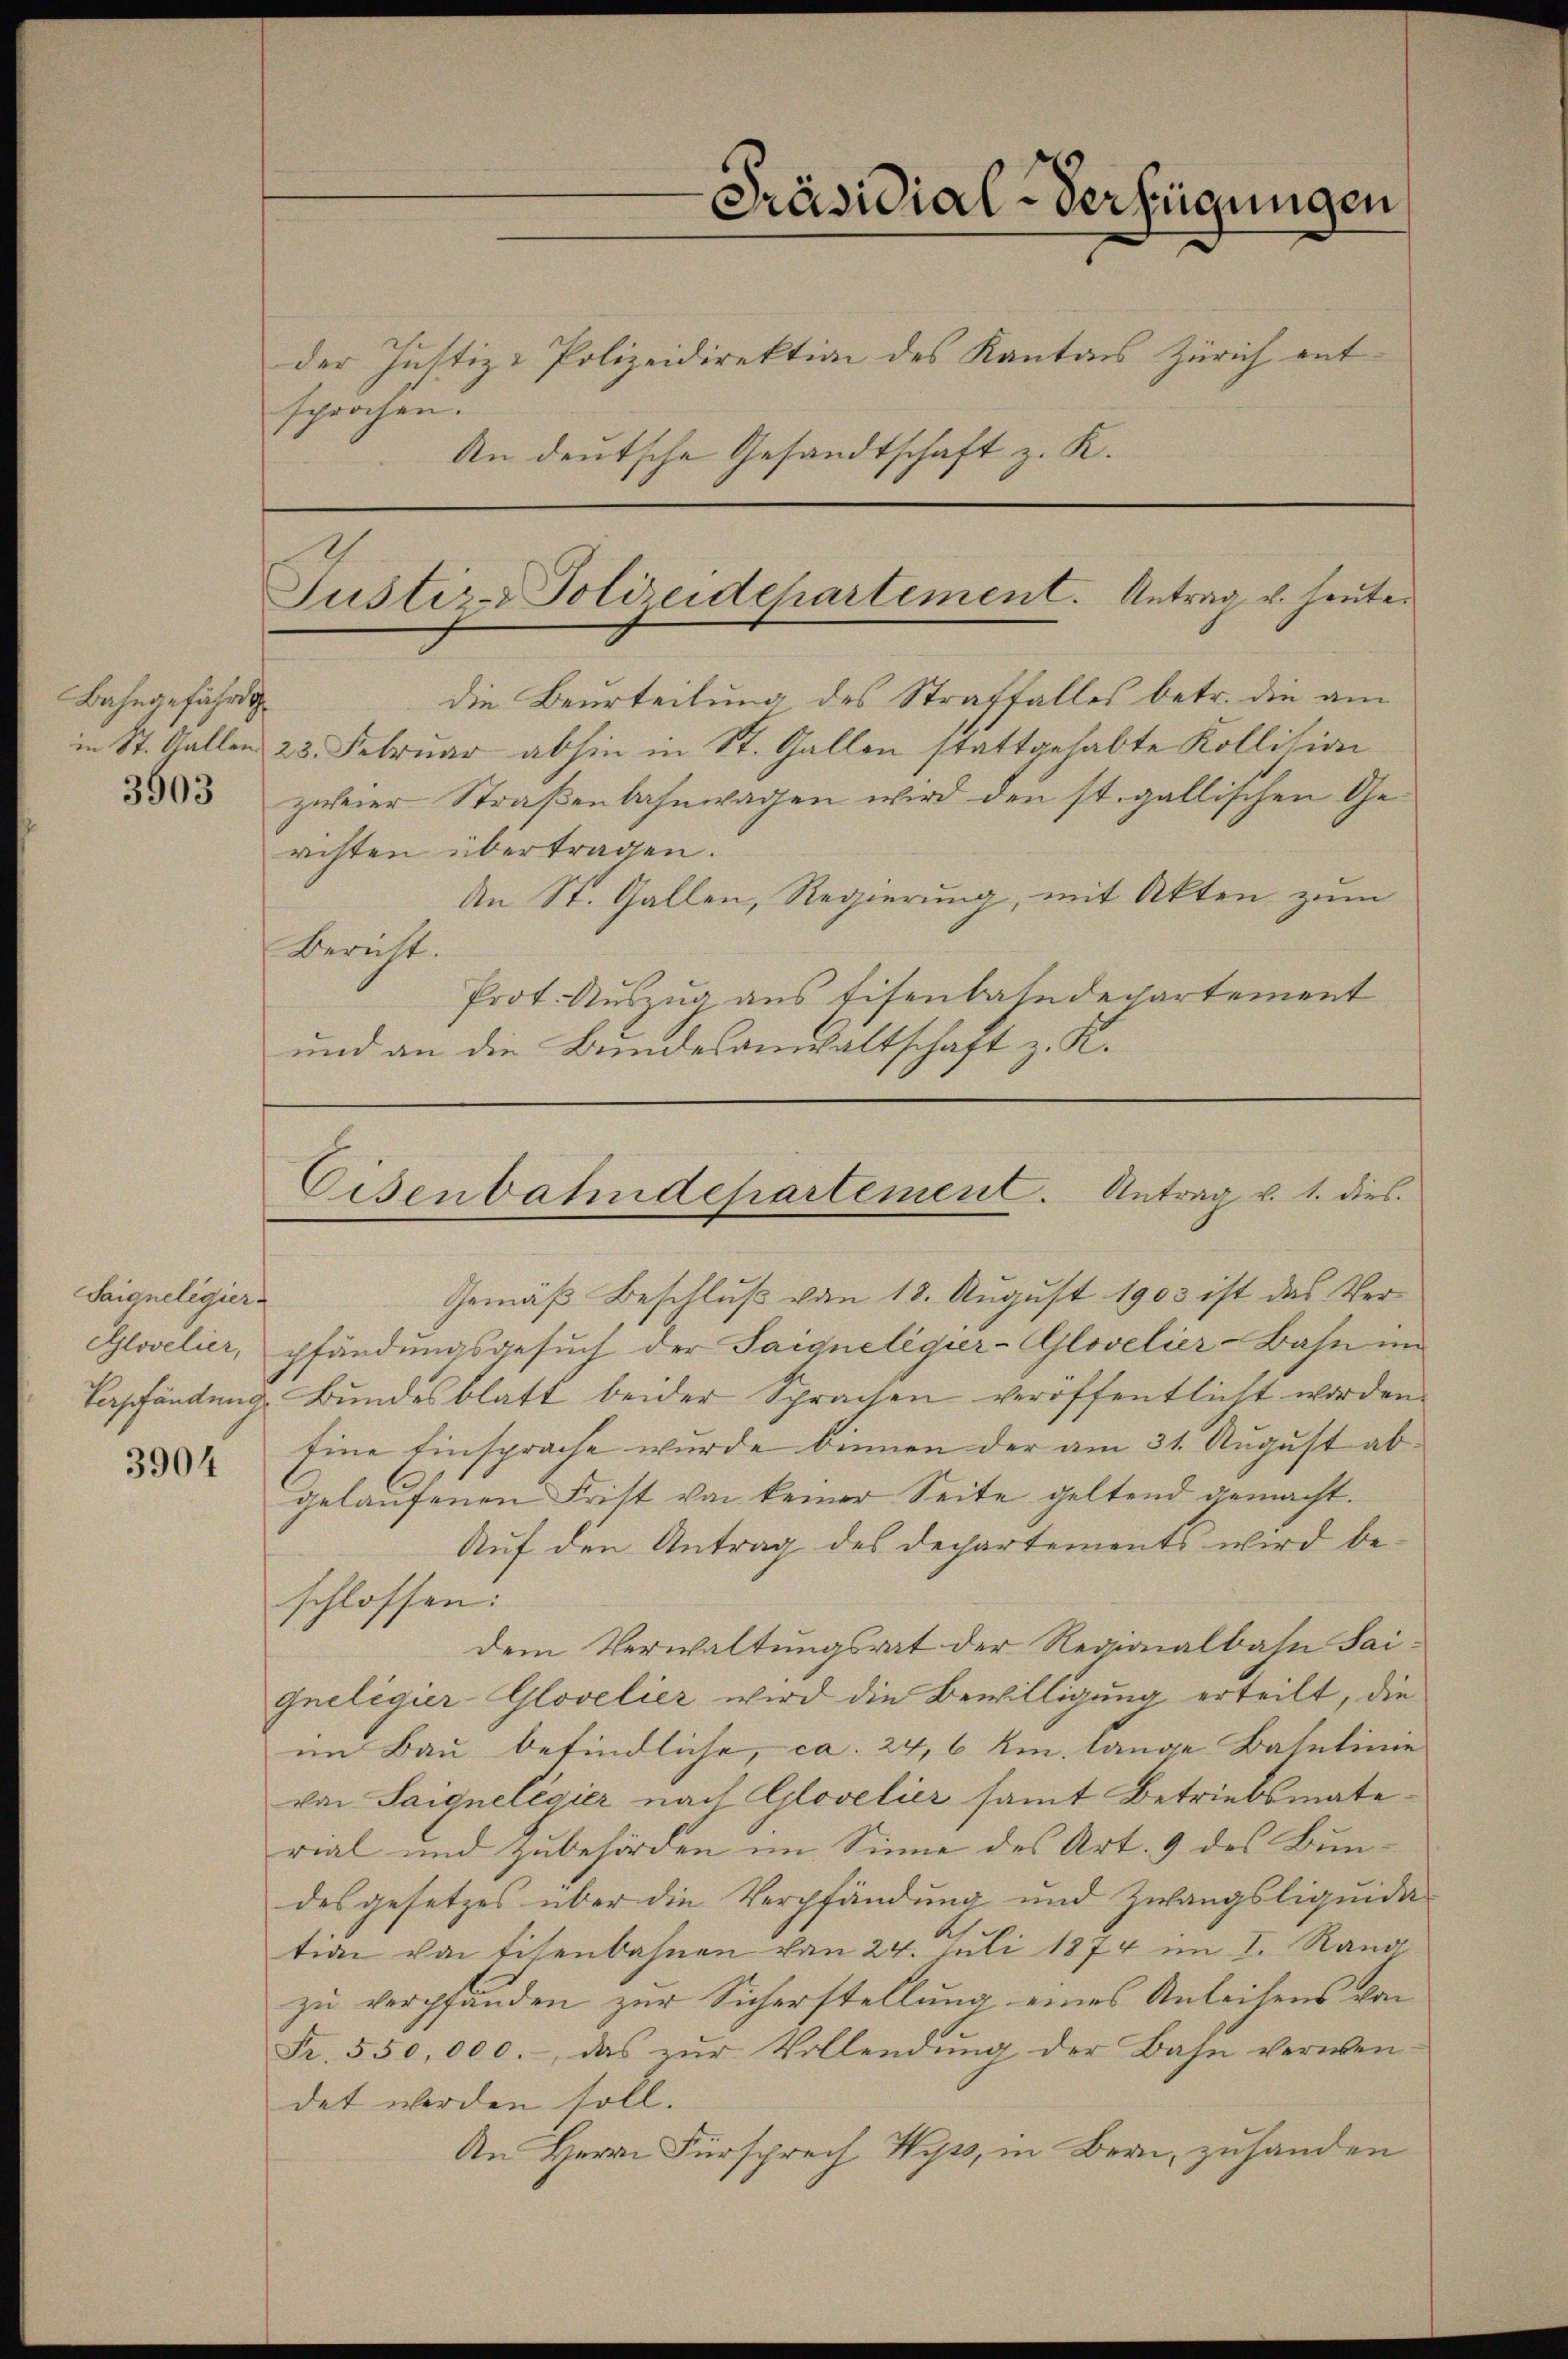
Bahngefährdi
3503

Saignelegier
Glovelier,
Tarpfändung
3904

der Justiz-Polizeidirektion des Kantons Zürich entsprochen.
An deutsche Gesandtschaft z. K.

Präsidial-Verfügungen

Justiz- Polizeidchartement. Antrag u. heute

die Beurteilung des Straffalles betr. die am
in St. Gallen 23. Februar abhin in St. Gallen stattgehabte Kollision
zweier Straßenbahnwagen wird den st. gallischen Gerichten übertragen.
An St. Gallen, Regierung, mit Akten zum
Bericht.
Prot. Auszug aus Eisenbahndepartement
und an die Bundesanwaltschaft z. K.

Eisenbahndepartement. Antrag v. 1. dies

Gemäß Beschluß von 18. August 1903 ist das Verpfändungsgesuch der Saiqueligier-Glovelier-Bahn im
Bundesblatt beider Sprachen veröffentlicht worden.
Eine Einsprache wurde binnen der am 31. August abgelaufenen Fritt von keiner Seite geltend gemacht.
Auf den Antrag des Dechartements wird beschlossen:
dem Verwaltungsrat der Regionalbahn Sai
Gneligier-Glovelier wird die Bewilligung erteilt, die
im Bau befindliche, ca. 24, 6 km. lange Baulinie
von Saiqnelegier nach Clovelier samt Betriebsmaterial und zubehörden im Sinne des Art. 9 des Bundesgesetzes über die Verpfändung und Zwangsliquidation von Eisenbahnen von 24. Juli 1874 im I. Rang
zu verpfänden zur Sicherstellung eines Anleihens von
Fr. 550,000.-, das zŭr Vollendŭng der Bahn verwen-
det werden soll.
An Herrn Fürsprech Wyss, in Bern, zuhanden